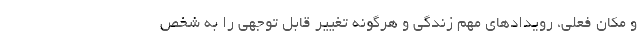
و مکان فعلی، رویدادهای مهم زندگی و هرگونه تغيير قابل توجهی را به شخص